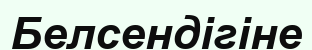
Белсендігіне